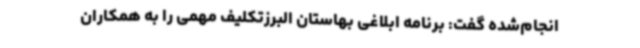
انجام‌شده گفت: برنامه ابلاغی بهاستان البرزتکلیف مهمی را به همکاران